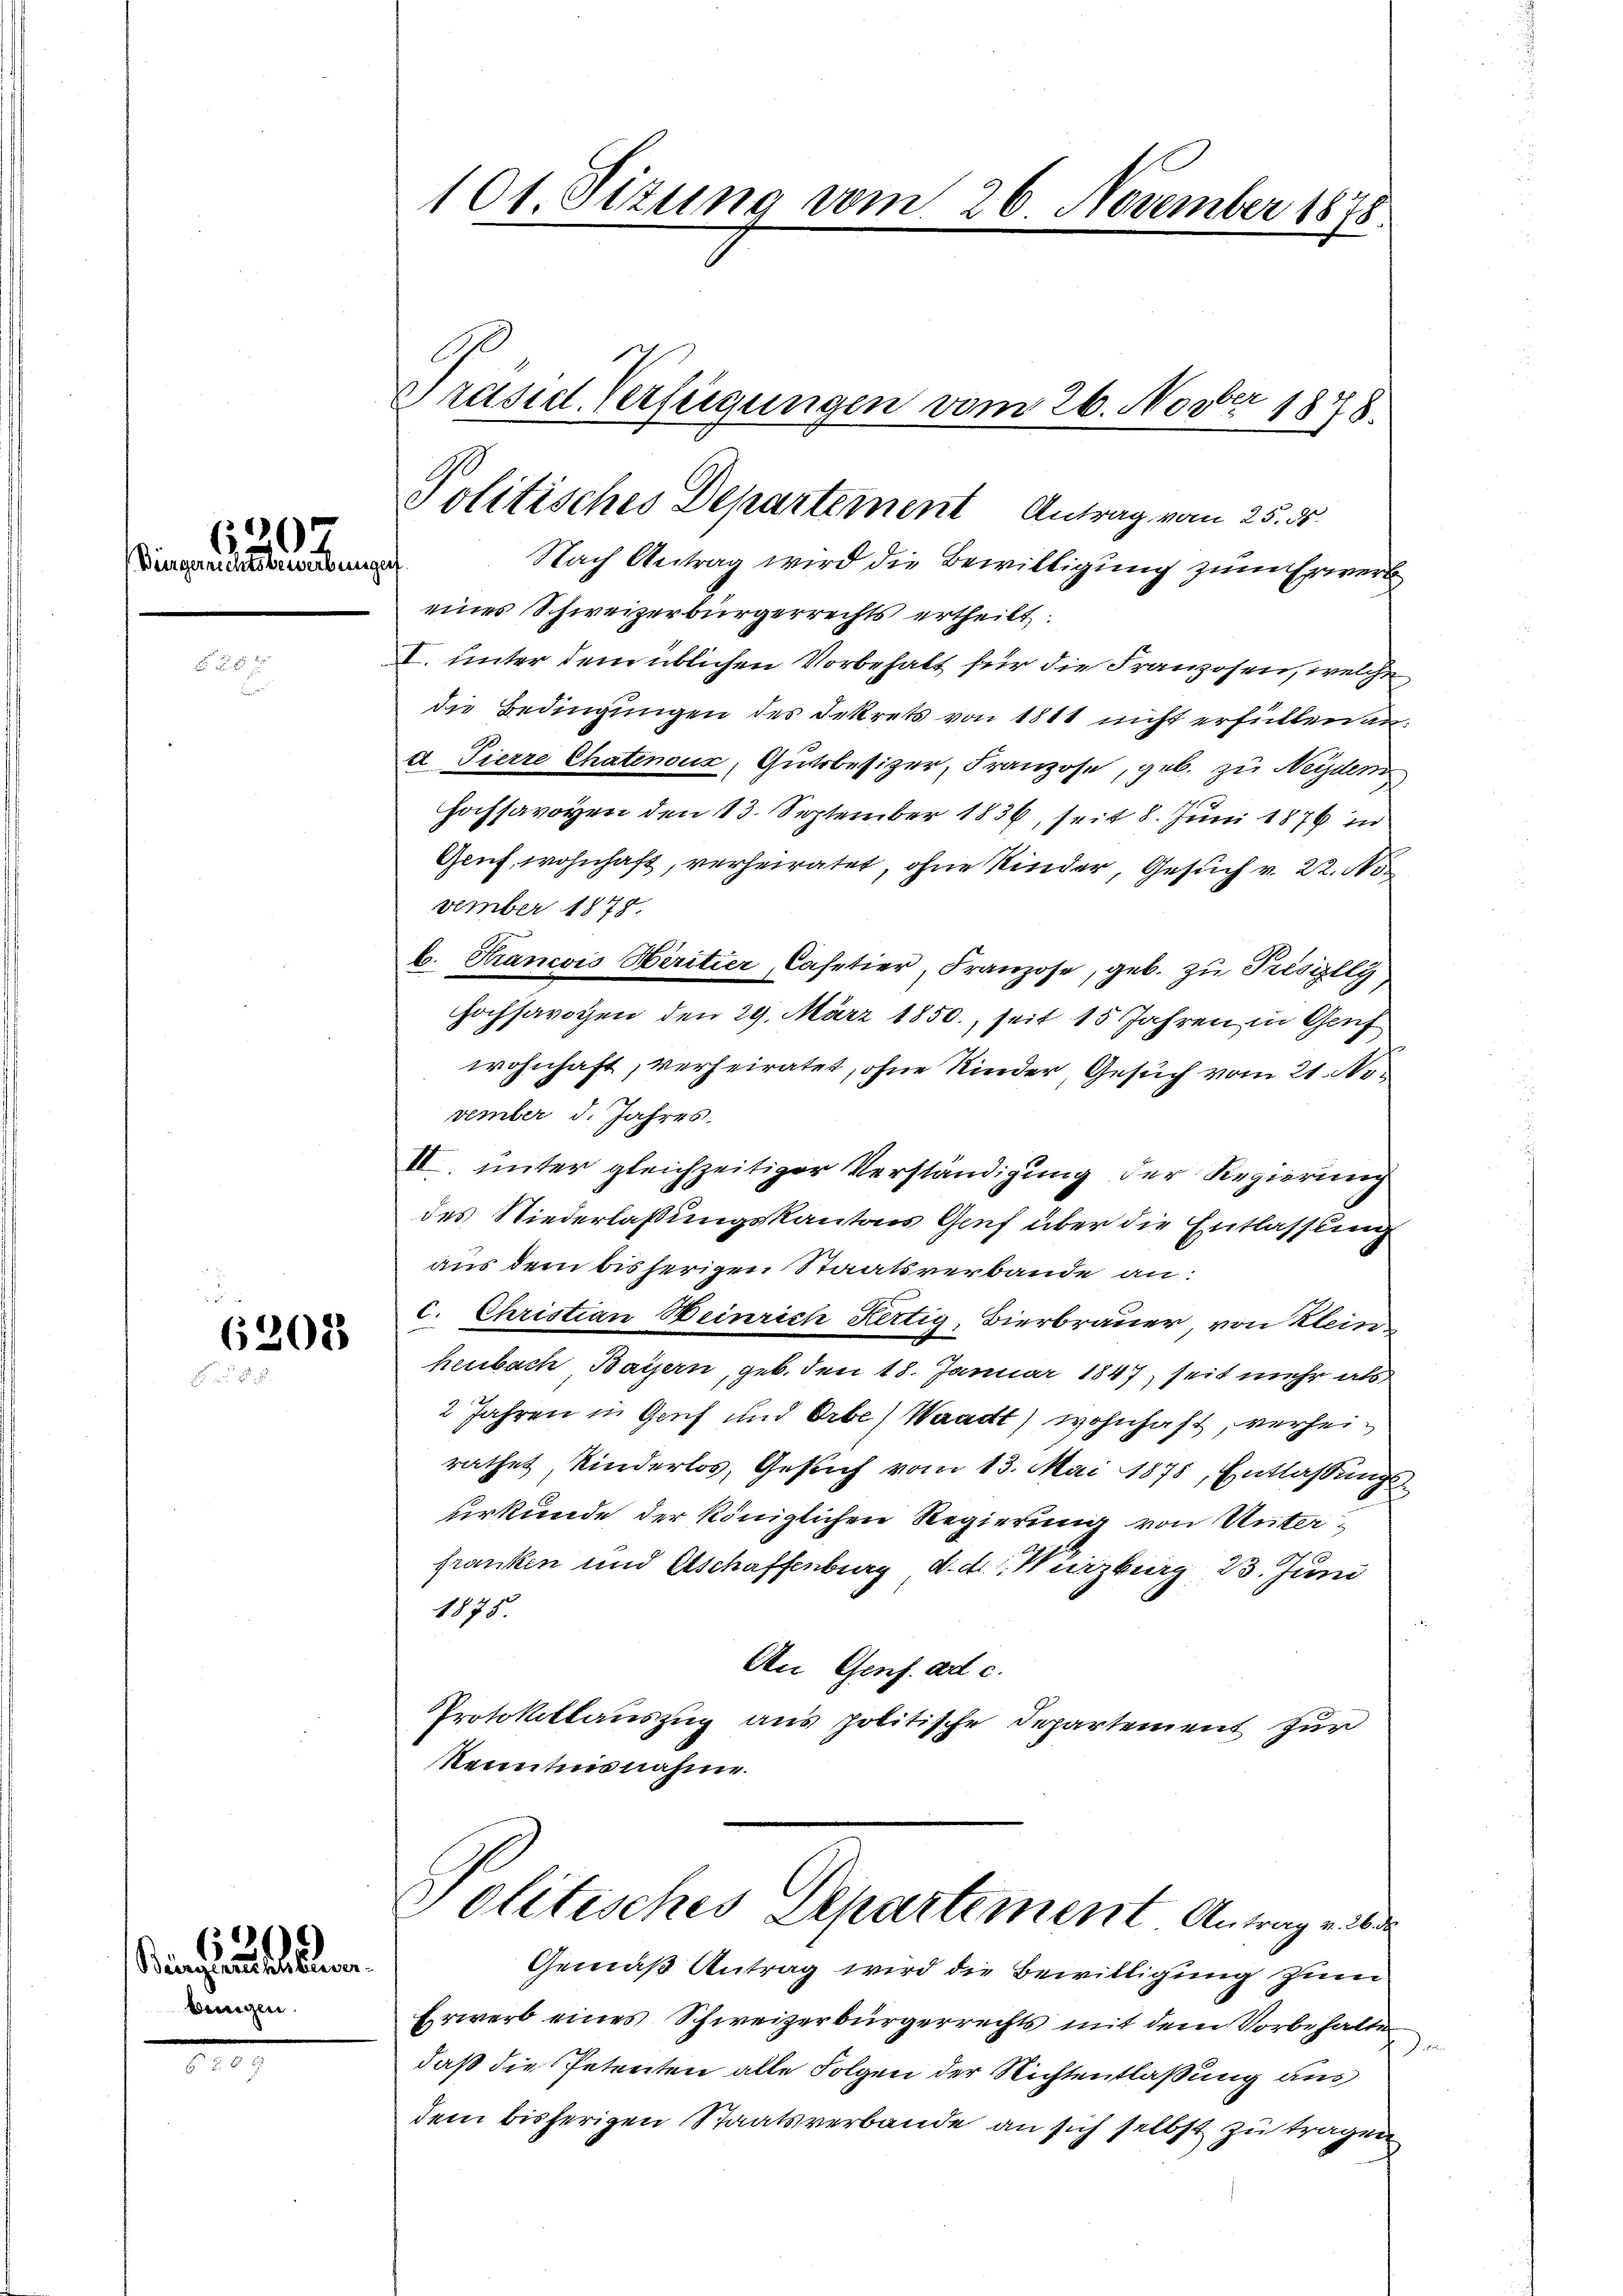
Bürgerrechtsbewerbungen

5

d
6201
u

bengen.

inhunden

101 Sitzung vom 26 November 1848

Nach Antrag wird die Bewilligung zum Erwerb
eines Schweizerbürgerrechts ertheilt.
I. unter dem üblichen Vorbehalt für die Franzosen, welche
die Bedingungen des Dekrets von 1811 nicht erfüllen an:
d Tierre Chatenoux, Gutsbesizer, Franzose, geb. zu Neyden
Hochsavoyen den 13. September 1836, seit 8. Juni 1876 in
Geif wohnhaft, verheiratet, ohne Kinder, Gesuch v. 22. 1
vember 1878.
b. Krancois Heritier, Casetier, Franzose, geb. zu Présilly
hochsarogen den 29. März 1850, seit 15 Jahren in Genf
wohnhaft, verheiratet, ohne Kinder, Gesuch vom 21. November d. Jahres.
II. unter gleichzeitiger Verständigung der Regierung
des Niederlassungskantons Gruf über die Entlassung
aus dem bisherigen Staatsverbande an:
c. Christian Weinrich Kertig, Bierbrauer von Klein
heubach Baiern, geb. den 18. Januar 1847, seit mehr als
2 Jahren in Genf und Orbe) Waadt) wohnhaft, verheirathet, Kinderlos, Gesuch vom 13. Mai 1875, Entlassungs
urkunde der königlichen Regierung von Unterfranken und Etschaffenburg d. d. Wirzburg 13. Juni
1875.
An Genf. ad c.
Protokollauszug aus politische Departement zur
Kenntnisnahme

Politisches Departement Antrag vom 25. ds.

Präsid. Verfügungen vom 26. Novber 1878.

Politisches Departement Antrag ei
Gemäß Antrag wird die Bewilligung zum

Erwerb eines Schweizerbürgerrechts mit dem Vorbehalte
Den
daß die Petenten alle Folgen der Richtentlaßung aus
dem bisherigen Staatsverbande an sich selbst zu tragen,